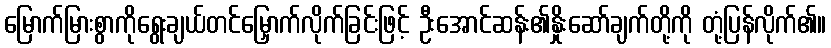
မြောက်မြားစွာကိုရွေးချယ်တင်မြှောက်လိုက်ခြင်းဖြင့် ဦးအောင်ဆန်း၏နှိုးဆော်ချက်တို့ကို တုံ့ပြန်လိုက်၏။